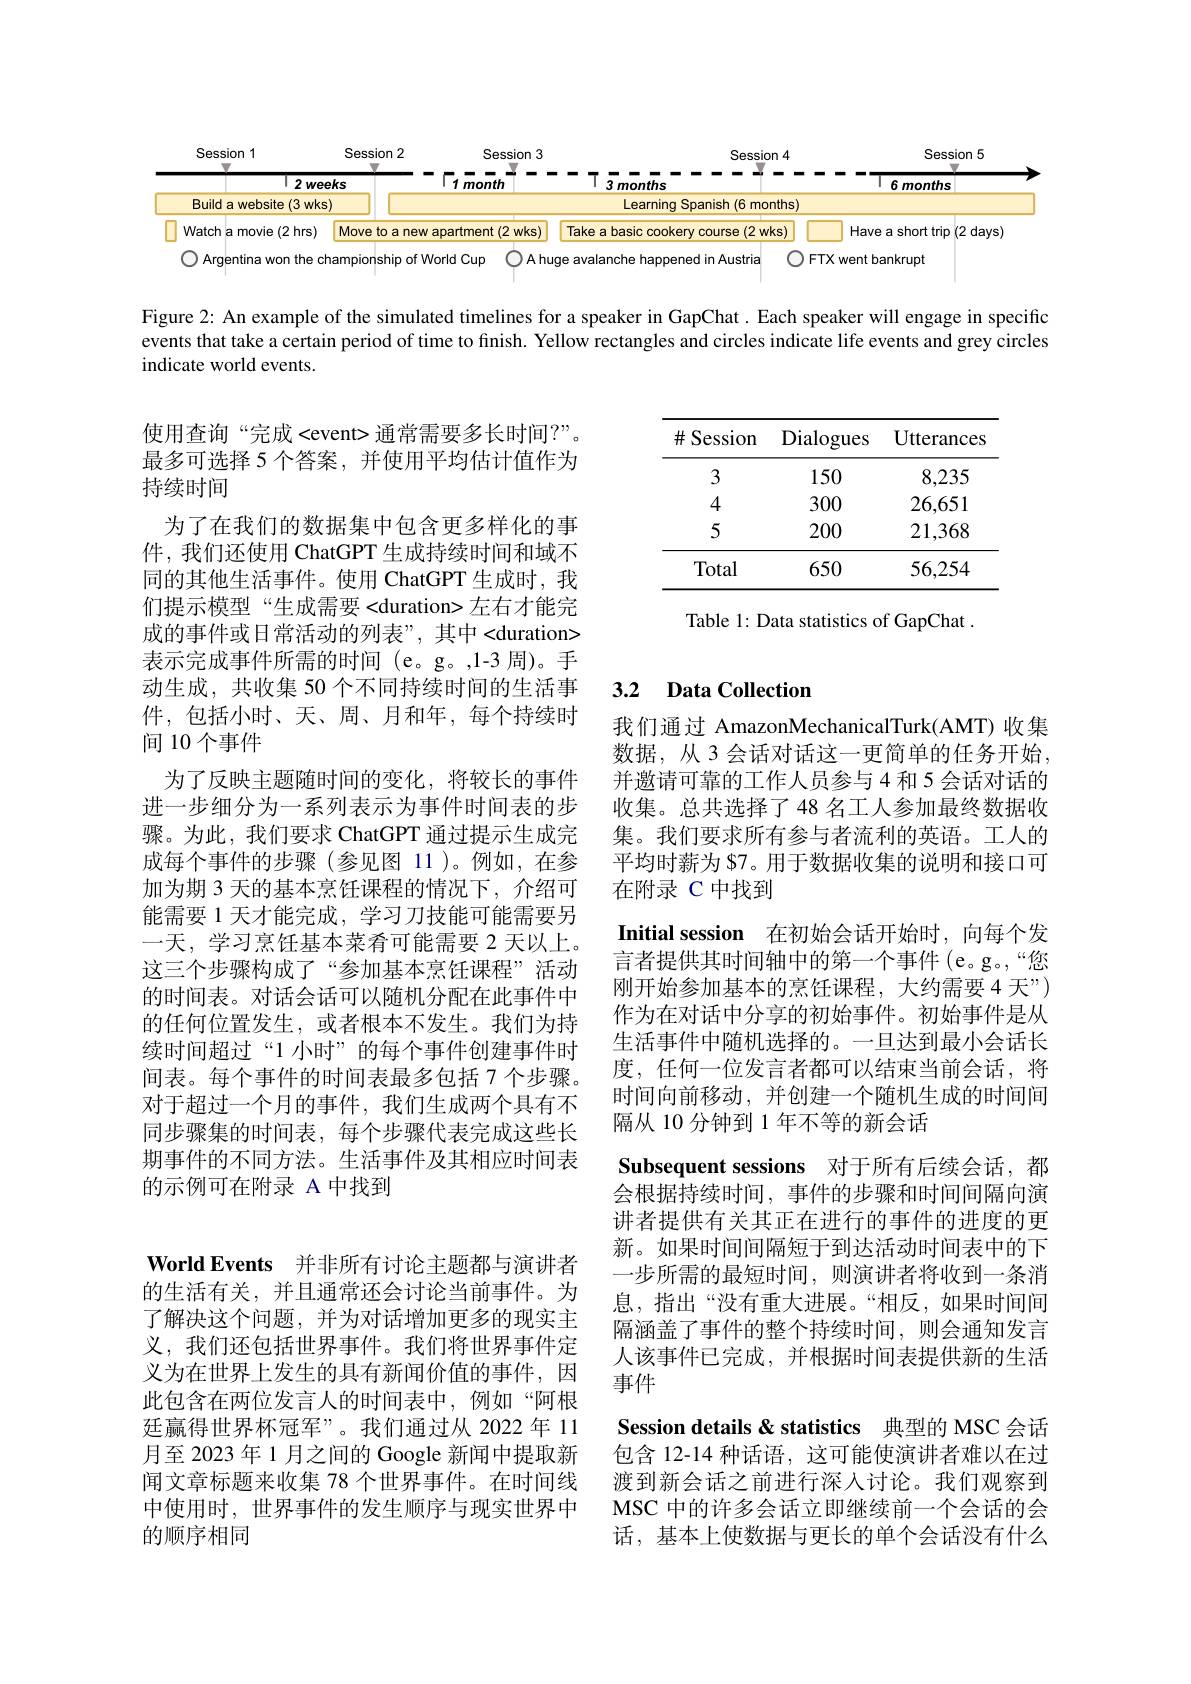
<FigureHere>

Figure 2: An example of the simulated timelines for a speaker in GapChat. Each speaker will engage in specific events that take a certain period of time to finish. Yellow rectangles and circles indicate life events and grey circles indicate world events.

<table>
	<tbody>
		<tr>
			<th>$\#$Session</th>
			<th>Dialogues</th>
			<th>${\mathrm{Utterances}}$</th>
		</tr>
		<tr>
			<td>3</td>
			<td>150</td>
			<td>8,235</td>
		</tr>
		<tr>
			<td>4</td>
			<td>300</td>
			<td>26,651</td>
		</tr>
		<tr>
			<td>5</td>
			<td>200</td>
			<td>21,368</td>
		</tr>
		<tr>
			<td>Total</td>
			<td>650</td>
			<td>56,254</td>
		</tr>
	</tbody>
</table>

Table 1: Data statistics of GapChat .

### 3.2 Data Collection

使用查询“完成<event>通常需要多长时间？”。最多可选择 5 个答案，并使用平均估计值作为持续时间
为了在我们的数据集中包含更多样化的事件，我们还使用 ChatGPT 生成持续时间和域不同的其他生活事件。使用 ChatGPT 生成时，我们提示模型“生成需要<duration>左右才能完成的事件或日常活动的列表”,其中<duration> 表示完成事件所需的时间(e。g。,1-3 周)。手动生成，共收集 50 个不同持续时间的生活事件，包括小时、天、周、月和年，每个持续时间 10个事件
为了反映主题随时间的变化，将较长的事件进一步细分为一系列表示为事件时间表的步骤。为此，我们要求 ChatGPT 通过提示生成完成每个事件的步骤(参见图 11)。例如，在参加为期 3 天的基本烹饪课程的情况下，介绍可能需要 1 天才能完成 , 学习刀技能可能需要另一天，学习烹饪基本菜肴可能需要 2 天以上。这三个步骤构成了“参加基本烹饪课程”活动的时间表。对话会话可以随机分配在此事件中的任何位置发生，或者根本不发生。我们为持续时间超过“1 小时”的每个事件创建事件时间表。每个事件的时间表最多包括 7 个步骤。对于超过一个月的事件，我们生成两个具有不同步骤集的时间表，每个步骤代表完成这些长期事件的不同方法。生活事件及其相应时间表的示例可在附录 A 中找到

我们通过 AmazonMechanicalTurk(AMT)收集数据，从 3 会话对话这一更简单的任务开始， 并邀请可靠的工作人员参与4 和 5 会话对话的收集。总共选择了 48 名工人参加最终数据收集。我们要求所有参与者流利的英语。工人的平均时薪为 $7。用于数据收集的说明和接口可在附录 C 中找到
Initial session 在初始会话开始时，向每个发言者提供其时间轴中的第一个事件(e。g。,“您刚开始参加基本的烹饪课程，大约需要4 天”) 作为在对话中分享的初始事件。初始事件是从生活事件中随机选择的。一旦达到最小会话长度，任何一位发言者都可以结束当前会话，将时间向前移动，并创建一个随机生成的时间间隔从 10 分钟到 1 年不等的新会话
Subsequent sessions 对于所有后续会话，都会根据持续时间，事件的步骤和时间间隔向演讲者提供有关其正在进行的事件的进度的更新。如果时间间隔短于到达活动时间表中的下一步所需的最短时间，则演讲者将收到一条消息，指出“没有重大进展。“相反，如果时间间隔涵盖了事件的整个持续时间，则会通知发言人该事件已完成，并根据时间表提供新的生活事件
Session details & statistics 典型的 MSC 会话包含 12-14 种话语，这可能使演讲者难以在过渡到新会话之前进行深人讨论。我们观察到MSC 中的许多会话立即继续前一个会话的会话，基本上使数据与更长的单个会话没有什么

$\textbf{World Events}$ 并非所有讨论主题都与演讲者

的生活有关，并且通常还会讨论当前事件。为了解决这个问题，并为对话增加更多的现实主义，我们还包括世界事件。我们将世界事件定义为在世界上发生的具有新闻价值的事件，因此包含在两位发言人的时间表中，例如“阿根廷赢得世界杯冠军”。我们通过从 2022年 11月至 2023 年 1 月之间的 Google 新闻中提取新闻文章标题来收集 78 个世界事件。在时间线中使用时，世界事件的发生顺序与现实世界中的顺序相同